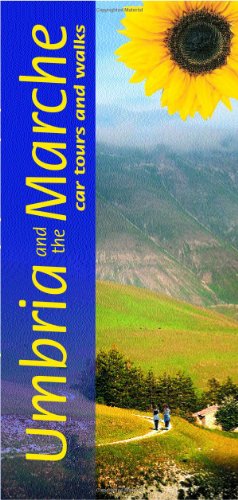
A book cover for Umbria & the Marche Landscapes Series; Sunflower Books; Travel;